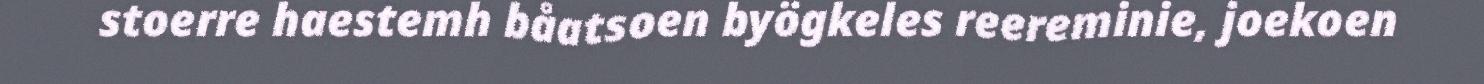
stoerre haestemh båatsoen byögkeles reereminie, joekoen